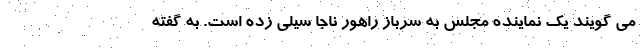
می گویند یک نماینده مجلس به سرباز راهور ناجا سیلی زده است. به گفته